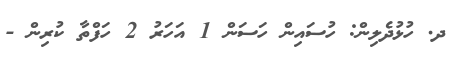
ދ. ހުޅުދެލިން: ހުސައިން ހަސަން 1 އަހަރު 2 ހަފްތާ ކުރިން -